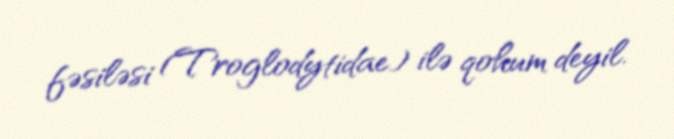
fəsiləsi (Troglodytidae) ilə qohum deyil.